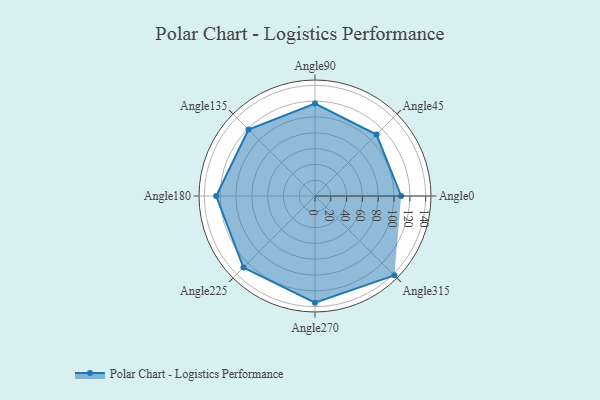
{"axis": {"x": "Angle", "y": "Radius"}, "legend": [""], "data": [{"x": "Angle0", "y": 109.0, "type": ""}, {"x": "Angle45", "y": 110.0, "type": ""}, {"x": "Angle90", "y": 117.0, "type": ""}, {"x": "Angle135", "y": 119.0, "type": ""}, {"x": "Angle180", "y": 125.0, "type": ""}, {"x": "Angle225", "y": 128.0, "type": ""}, {"x": "Angle270", "y": 135.0, "type": ""}, {"x": "Angle315", "y": 142.0, "type": ""}]}